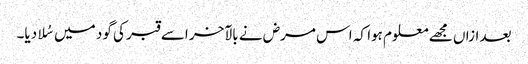
بعد ازاں مجھے معلوم ہوا کہ اس مرض نے بالآخر اسے قبر کی گود میں سُلا دیا۔